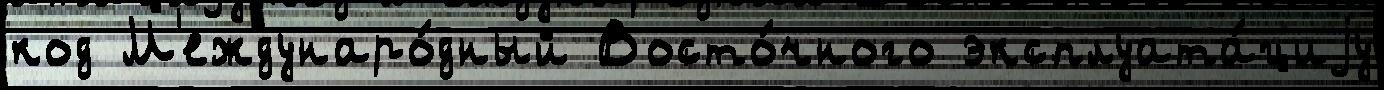
код М'еждунаро́дный Восто́чного эксплуата́циjу